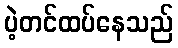
ပဲ့တင်ထပ်နေသည်